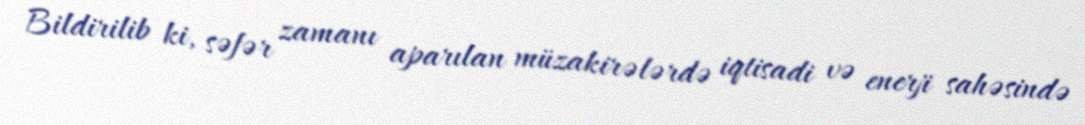
Bildirilib ki, səfər zamanı aparılan müzakirələrdə iqtisadi və enerji sahəsində